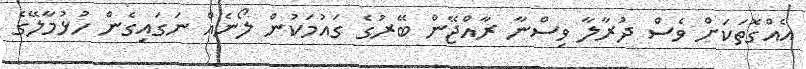
އެއްގޮތަކަށް ވެސް ދުރާލާ ވިސްނާ ރާއްޖޭން ބޭރުގެ ގައުމަކުން ލޯނެއް ނަގައިގެން ހުޅުމާލޭގެ